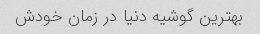
بهترین گوشیه دنیا در زمان خودش